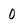
Character: 0